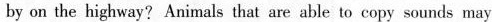
by on the highway? Animals that are able to copy sounds may